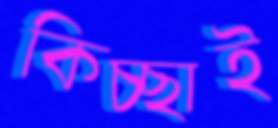
কিচ্ছাই